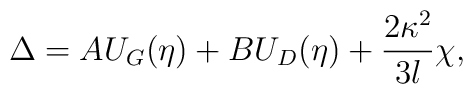
\Delta=A U_G(\eta)+B U_D(\eta)+\frac{2 \kappa^2}{3 l} \chi,